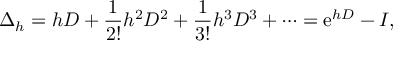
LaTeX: \Delta _ { h } = h D + { \frac { 1 } { 2 ! } } h ^ { 2 } D ^ { 2 } + { \frac { 1 } { 3 ! } } h ^ { 3 } D ^ { 3 } + \cdots = \mathrm { e } ^ { h D } - I ,